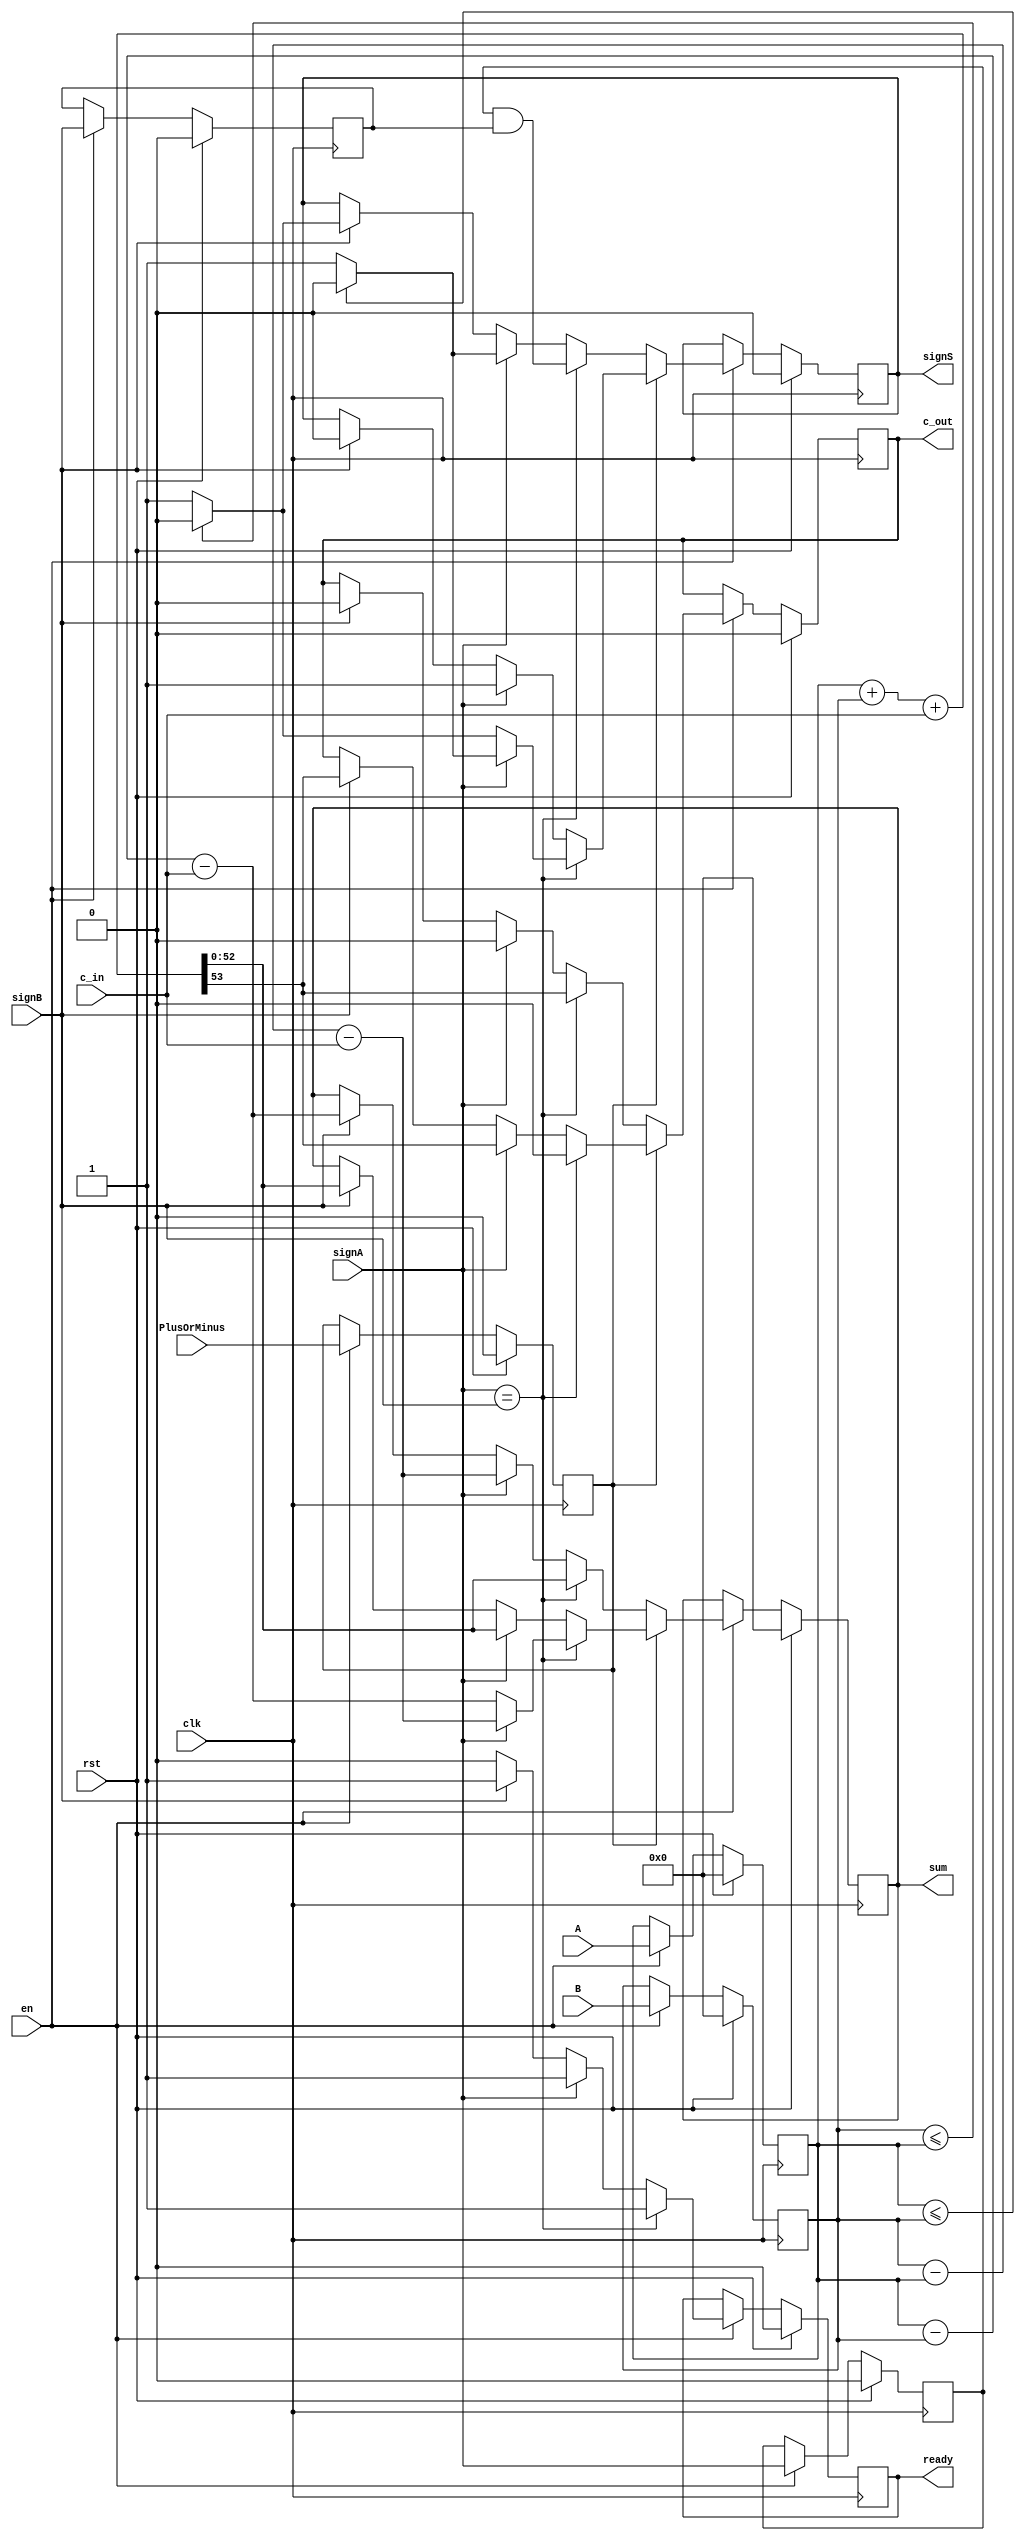
module fullAdder64 (input wire clk,input wire en, input wire rst, input wire PlusOrMinus,input wire [52:0] A, input wire [52:0] B,
input wire signA, input wire signB, input wire c_in, output wire [52:0] sum ,output wire c_out, output wire signS, output wire ready);
	
	//declare registers for each wire with its value going to be changed
	reg [52:0] Ai; 
	reg [52:0] Bi;
	reg sA;
	reg sB;
	reg PlusOrMinusi; // 0 means addition and 1 means subtraction
	reg [52:0] sumi;
	reg c_outi;
	reg sS;
	reg readyi;
	
//	reg ld;
//	reg ld2;
//	reg flag = 1'b1;
	
//	always@(load, flag) begin
//		if(flag && load)
//			ld2 <= load;
//		else
//			ld2<=0;
//	end

	always@(posedge clk) begin
		if(rst == 1) begin // if reset is on all is zero
			Ai<=0;
			Bi<=0;
			sA<=0;
			sB<=0;
			PlusOrMinusi<=0;
			sumi<=0;
			c_outi<=0;
			sS<=0;
			readyi<=1'b0;
		end
		else begin
			if(en == 1) begin //if en is on check for load if load is on accept user input else start operating
//				ld <= ld2;
//				if(ld == 1) begin // accept user input
					Ai<=A;
					Bi<=B;
					sA<=signA;
					sB<=signB;
					PlusOrMinusi<=PlusOrMinus;
					readyi<=1'b0;
//					#3 flag <= 1'b0;
//				end
//				else begin
					if(!PlusOrMinusi) begin
						if(signA == signB) begin
							{c_outi,sumi} <=  Ai + Bi + c_in ;
							sS <= (sA & sB);
							readyi<=1'b1;
						end
						else begin
							if(signA) begin
							{c_outi,sumi} <= Bi - Ai - c_in ;
							sS <= (Ai<=Bi) ? 1'b0 : 1'b1;
							c_outi<=1'b0;
							readyi<=1'b1;
							end
							else if(signB) begin
							{c_outi,sumi} <=  Ai - Bi - c_in ;
							sS <= (Bi<=Ai) ? 1'b0 : 1'b1;
							
							c_outi<=1'b0;
							readyi<=1'b1;
							end
						end
					end
					else if (PlusOrMinusi) begin
						if(signA == signB) begin
							if(!signA) begin
								{c_outi,sumi} <=  Ai - Bi - c_in ;
								sS <= (Bi<=Ai) ? 1'b0 : 1'b1;
								
								c_outi<=1'b0;
								readyi<=1'b1;
							end
							else if(signA) begin
								{c_outi,sumi} <=  Bi - Ai - c_in ;
								sS <= (Ai<=Bi) ? 1'b0 : 1'b1;
								
								c_outi<=1'b0;
								readyi<=1'b1;
							end
						end
						else begin
							if(signA == 1'b1) begin
								{c_outi,sumi} <=  Ai + Bi + c_in ;
								sS <= 1'b1;
								readyi<=1'b1;
							end
							else if(signB == 1'b1) begin
								{c_outi,sumi} <=  Ai + Bi + c_in ;
								sS <= 1'b0;
								readyi<=1'b1;
							end
						end
					end
			end
		end
	end

	assign {c_out,sum} = {c_outi,sumi};
	assign signS = sS;
	assign ready = readyi;
endmodule